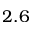
2 . 6